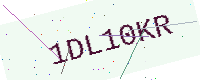
Text: 1DL10KR